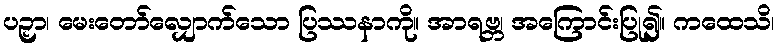
ပဉှာ၊ မေးတော်လျှောက်သော ပြဿနာကို။ အာရဗ္ဘ၊ အကြောင်းပြု၍။ ကထေသိ၊